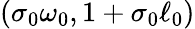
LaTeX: (\sigma_{0}\omega_{0},1+\sigma_{0}\ell_{0})